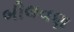
બીલવણ